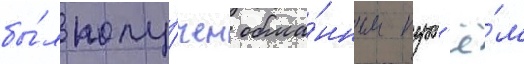
бы́л полу́чен обма́нным пут'ё́м